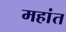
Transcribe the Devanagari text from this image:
महांत